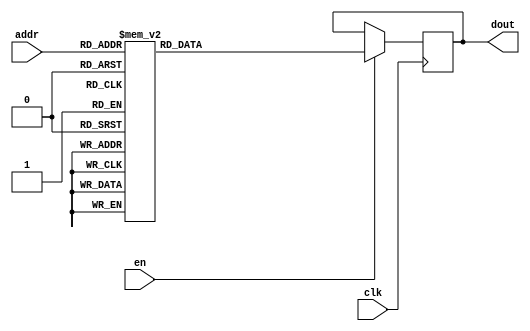
`timescale 1ns / 1ps
/*
Copyright
All right reserved.
Module Name: rom_syn
Author  : Zichuan Liu, Yixing Li and Wenye Liu.
Description:
A synthesized ROM: ROM_DEP x ROM_WID
*/
module EC_1_W_ROM_F_11(
// inputs
clk,
en,
addr,
// outputs
dout
);
localparam ROM_WID = 1152;
localparam ROM_DEP = 32;
localparam ROM_ADDR = 5;
// input definition
input clk;
input en;
input [ROM_ADDR-1:0] addr;
// output definition
output [ROM_WID-1:0] dout;
reg [ROM_WID-1:0] data;
always @(posedge clk)
begin
if (en) begin
case(addr)
		5'd0: data <= 1152'b101101011011011100011010000001001000110000000001000010111001000110100001000101010100100011001110010010010011010111010011100101011010101111111011010100011001100101010001100101000110010100110111100010111010111100011011001101011100111000110101100011110110011111010000100001001101110110101100011100101110100100011110111100001111101010111101100010111100000000101100011001101110001100100110000110001011101101010001110000110010111100000000111000100100110110101001101100000100011110011011100010100001010110010010011110111101011101001100110011010101111001000100111001010000110111110001111111010011110101101010100001100001100000100110111000111110111001111110110001100100011110111110101111101110000101000110110111111100010000100101110010000101100001101100101011100011011111111100110001110001100111000101001000110111011111100111010110011100101001111000011100000010111000000100111010010011010011101001010101100101110000001000110111000110001111001101011010001100111011001111111100110001001000101101010100101101110111111101010101010101110101111000101101111010001011000110111001100000010000000111010011111100110010010000110101011110001110100100101000100101111001100101;
		5'd1: data <= 1152'b001001011111111001000101110111001001011110111110110100010110100111000101111110111101110110111110011111011110001101101100011111111001110001000100010010011001111011110010101001110110110100010110011001011110011101001010101101110011010111100011101001110110001011110000110000100011010011111001110110101100100100011010000011101100100101100001100100101111000011100110101011100010011100111000111010011101101011010110111100111111101011111100100100100010110011001110011110111011010101000101011111111000111110111101111100001101110000001000110110011001001110110110001100101100000101101000101010110010110101001000000000000010111100000010101001001111101001100110110100000101110110101001111110100111100010000101000000101100001110111101100000101111100001101110000011101110010111111010111001110101101010100110110110011111110111110000010111111100110011000110111110011111110001100101101111110100101011101101101000001100100000000000110010111000101110011100011000100101100111000111111010100011111101001011000100111110101110001110001011111110100001101000000100101100111111001011100000100100101100011100010101001110101000110111010010001100000010100111000011001010101000001000;
		5'd2: data <= 1152'b000001011111101000101101011010010010111110000100010111100100111101100011010000000111010000001011000111100010011010010101010100111000001110110010001011100111010111101110110100001101011001110001000000101100100000110101110101101000000001110100011000111010110101001100001010001100010110100011001111101100101111101100000011010001101111111000011001010000100111011011110100001011101101011101010001110110010010101000000011000110111011000001010110101101001011001001010000010100110010011011100111000111101001000010000110111010010100110111011100100100010010000010100011001001111100101101000011011110111110010111101101110100010010000010010011011010001011010000101110100101001111000011000100111010111010101101000001100001101010110101100010101110010001110010100001101011100000100010000001011111011100100010010011001101011010000001000101101000111011001001110110010101010001011111000011001010101001000001001111001011011100111111110100011101011011110011100111001100010110101110110111101011011110011010011111000110001010100110001110001010001011011010100000001101110110100011011110000110101110100001100100001111101000110101100010101110010001100111000101101011101100100010;
		5'd3: data <= 1152'b100110000101000010011011111000110100110101100000101001100110101000111011101101110100100000010101000001111011101010001100101000010100011100111101111010000001110000000000101000111110101110110010011110101101010010001110110000100000010100111010100110000000111101000111101001111011011100111100111010010100000101001010101100001000100000000101110110001101001111010100110101110000111010001101011001000000101111010001100010110000001110101110101100011010010000011010111001100001111010111100000101110111111010011000101000110111010110110100101101001001110000111000010000110101111011110010011110011100110111001000110010001001000011010000100000111001100100010101001011010111111111011010011100001001000000001010101011001001100010001101000100011111100111011100100101100000011111111011000110000000000111010101100000010101100011100110101110011100011100010111111001101100101011001100010100111101111010010000010011110101010110011001000011101011111001001000000100010101101010011010011101010010010100001000010000011000000010011000000010110100100100100000110111101010000111010000101011010011111000000001001011001000001100111000000101010011011101001001100101011010111100100011;
		5'd4: data <= 1152'b111101100011101010001000110000111001001110100110110001000001100001001010101011011101010010100011001000111100001111110010001110101111010000101100111101011010001111110010100111101011000100110010111010010010011101001011100100010010001101101011001000011010101100010001101101111001011111100011100000111101101011000010111010101000111111001011110111011101100110100011100000111101100111110001110100011001100100111100111000011101101111100101100000100110100011001010101000010001010101100111001011100100001011110001101100001101010010000100001001111010000011111010111110011000101001111000111000010011110101000010101011001111111000000010100100111111100001110000001110110111101111000011111100111111110010100101000001101000111111101011100100001111001011111101100001111001101111110011110100010000000110110000110000111111111011001000100000100010010011001111001100010001010001000101111011000100011011110001011000001001000100011010001101101011001111011111110000011000111010100100111010100010111111011001110010001111011011001110001110010110000011101000101010111001111111010111111111101100111110001111011101101100111010111111100111011100010010110111010001101111100011100000;
		5'd5: data <= 1152'b111010111101011110111111101101100010100001011100100000010111011100111100000111101011111000101000100110110001110100010001110000000110101011000000100111011011000101001110100100111111110111110111101101111100110011110100010010010110100010011111101011011100100000101011010110101111111011011000001011111001001001010111100111110000011010001010001101100101100001111010101111010110111011010000101000001100100001011011000100011101101111001001100100001000101010010111111000001010111101111101111111100000101000001101001100101100010100111011011110000000001101100101110111101001010100001010100101101110001000100111001110010111111011000110010111101111001011100101011111011010000000001111101000011100110011000001011000110011010001001010001011101010011000111100001000110101100001101101101100110101000110101100011111101000010000110100110101111111001001111100010110100111010011001001111011011011000111100111111001100000001100001100101011011011111010100100101000010111101011110011011101000101111001101101100001101001110110101101011101111100011101111110011001111001010110110100110010001011000101001110100101111110110110001111011010001101101110011101000110011000010111101111;
		5'd6: data <= 1152'b001011100001010111000011110111101010011000010011101110001011010100101110101011100010011010010010110010010110111100101110111011110000100101100100110000110000010001100100000100100001001000011011001111011001011111001101000100110100100001101001011100010111100100101101011110111011011001101110011011011101011011100111111100111011110111011011110011011101111011010011001001111101111011101001100111001001001001010001100010011111000110001110101100010010111010001011101111111011101011111100011110101010001110111011111110101101000010011010001101001111100111111001111011001001010100001100100011100011100100010011111101010010111001000110101110111011101111010101101110010010100001010111110100011111110010010001110010100000110000011010001101011110111100001001000000111101101110110001110100100000110011110101101100101101101001101001111110011000010000110101001111011110101110100001011100111000001010110100111000101001000010000110010110111010001111111010001010111011001010110100101010100011000101001010101010000010111111101011001100010111001001001001101000110010010101010011111101110011011110000100111011101000111010000001001101111000010010010101110011011011000011100001;
		5'd7: data <= 1152'b010111000100101110000111011000111000100000100010000000100000001101110010100101100000100100001101110100010001010110011100100001010101100111101011101001000010100011100110001101101110000010110101010100000100000011011111000001010101011001111101110001010000110111100010111001011110011100111100011111100100001101111110011101011011110001011101110011000000011110011000011001010010111101000101010010100101000101000000111001110100001000100000011110010011101101110001010000100100011000001011100110010011000100110101000101110100011111000001001111000011111010000110011000010101110011110111011111010101100011001110101010011111000000111100011101011111110100100111111101000010001001111100100011111011010000010111011010111100110101101000100101001111011111110100101011110110011111111111100010000000100011001000000000010000101001101111101111010101100101110011111100001001111100111010000011001101000100111001000101001001011111011100000101000001110001000000001110000011010101111011111001000101000011000100101110001011111010011000111000010011100001110001111100111111001100011101110010011101110001010011001011111100011011001010000101010011010001111100110011111010110111000111;
		5'd8: data <= 1152'b110101100100000001011001100011100101001111110011001001100111101001111011011100110100101111111001001110111101100100110110010100101101101001010010010010011001111000010111101001100010000101100010010110000011101111010001100011010011010111111010111001000101001010001011110011100011111001110110001101101010011011100001011011101100111111010011110100011101100111110101001111000111101011011010110111101101010001111100101110100011001111001110001000111011011001111000001100111000001110100000011001110011110000101100001110101101101101011010001111101111111001011011101110100010001011101100010111010010111100010101100101110011001101111000111001100110000011001010010100100000101011010011011111111111001101101001101011110101111110110111010011111100001011110101010110011111111011000110110111110100000011111111101010110011101011001011001001101011001001111000001101111000100111101100101000110001111000110010001010001000101001001000111100011011101101011110100010110010100101100010111110111111101010000111101101010011011111011010001101100111000010001110010111101000101000011111000111111000111001101001001111100111111011111010110011101000111011110101111111011110111001001100;
		5'd9: data <= 1152'b111110000011001011000011101100111010110011011010111011011110010010000011001101110101000110110100111101100000101011011000001100101001100010011010010110111100001100001001011000101010111010101100100111101010011111000000010011110000100101000111101100000110011111011100000011001101100110000010110100001010111101101001101000001101100010110111100010110000010101100011110000101011000000101010010111000010011101010100001000110000000001001111111010011010111010011110000111011011000100110000110100111100001000011010111100111011100010110011000100111101000000011001011110101010001011101010101110111010111111111001100001001001100111100110100000101111000011011100010010001111010110000110010100010111011000101001111100001111110010110111001010111000110000100101010100101010010010100010011100010011100100110100010000110100000101101110100000010001000010101010010100011011010011100001000101110000011011001000001100011101011111101001101101001010000100111100010001111001101111011010101011110001100101111001010010011010111100000110000000010010100110000100110101001010111010110110011110100000001101011110111110101011010110000001011010010101001110111100011000100110000100111101;
		5'd10: data <= 1152'b000101111101100100000010001100110100011010010010110111001111101101110111010100001100010100010011100110000111100101000011010111010000010110100001001010100100110000100110111100010001010000111011110100000100000011011111111100100001100000110001010011110101110100000001111100011110110001001100000000111001000110010100000011110110100010001010100111000111001110011110000100011110000101111101100001111100111110101101001011000000011010000011010110011111001101011001011110001100111100111111000010000111100101110101010011110000001111111100001100101000110000111111010001010001111000111111111010010011100010001100111110111101100001111001011011010101010100000001111101011010101111001100101110111101110101010110001000010100111110101001100100000011011101100100011101010110110101100111100000101101001001000011110111000001101010011001011100000010110101011011101101010100001011111001010110001111110101101111001011101001010111010100011100111000110001011011101011000001011000101100110010011010110110000010111011011101101001011100010010110111011011110101001001110101100001110010010100011011110110100101001000010100101001011111100100111000011001100110010001101101101111100100;
		5'd11: data <= 1152'b000001111110000011100001001010001000010010001100001000011110000001100101111100000100011000111011000100001011000001110011000111100000011011011000111000011001110000100110100010110011010001110000011101111110001010000111101101100000000000001010011000001001111000000110011011001100100110101100000111111001101101110000111110000111110111111010101001101010111100100001000110000110111011111010100110001001111100010111010001001010001111100100000001010111100011100100001001010000000011100000011101101010011010000011111111000001011011111001011101010000110011000111111011000001010100101000010101110000101011000001101110010101011010100010010010000011100110011100111110010001000000000101110100011101110011110100001010000001110000111011100000000111100101010110001000110000110011111100010101010000001100000110011000111000000111110001101011101111111001100000100111100101111011000100100111001011011010010001100001000001000100100111001011100111001110101000110110011100111011100110111011100100111001011100110011011000011100001010000000101100110111011001101110111011011011110011110110001101000011001100111001001100011000001111110111010111110011110111000000001001100101101001;
		5'd12: data <= 1152'b110101100100000010010101101100010001101101101111111010000111110001011010111100011100100001101000101110111101000011101100000100001100110011100000111010111100001100111111111000111110110011011000001010111011101100001000010100111010110111110100111000001001110011011000000000110000010011000001011100011100111111101001100001111100101000010111000110110010100011101011100110000001100001000110110010100000010010000101101000110111001000001011101010110011001001111101101110011110101001110000011010111111100000110010010110101110100000010111100001011111001101111101000000101110111011001001010101110111011100011100010100111010110101111000110110000101110011001010000111001010110111110110000101010000011011101001011010010111001000110111001110001000101100110011001110011111000000010100100011101100100000010101101001100111101010001110001010111011010001111001001100011000101101110011001100111011010000101110010110001011101010010110011001011111110100111011000100111110110011101000010110110010010111110011000110110111110111111000001011001101110011101111010011001100000000110100010011110011001001100101101110101111100010110001000001100000101011110101111110101010001001001100;
		5'd13: data <= 1152'b100011000000110011000000100011000011010110000111111110010101001101101000000001111000101110101010010011011111010001101111010011101101111011000100110110011110100000010010111101110110110101010001111110011011001111001011001100010011011010111000001001100001111010001110010101100101110011011100000100111001101000100101011001011110111001111011100010110101101111011101111111000010010001010110110011001001101100011010011000010000110111111110100011010010111101000011000100011101001110111011011111111100100110011001111110001101111010001000110111011010110101000110011100110000011100110011111010000011010111001011010011000001111010001000001001111100000011011110110010001101101111111000011110101110001101111111001101000110000010111101011010110100110101111110101110001010011110100110110101001011100110001010011000011110000111101100100101110100101011001010010000010001010111001010001011101100011110001001001100001101000010000010001101001110000111111000101010010101001000001101110000111001110100010001100011000111111001001010101001110011100011011110100110001101011011010001010100011010111001100100011010001110001010111111100000111111010100101101110010101010110111100010;
		5'd14: data <= 1152'b000110000010101110001110101001110101110101110010101001101010101100111011100011100000000111001110100010010111010010011010000111011111110000110001110100011101001001100101001001101110110110110011001111101000111000101010101111010111001110110001001110001100011111011010000101110000111111100110001110010010101110101000100111110001111100010001011010000011000000100001111111010101101001011100010001110110101110100000000011010010110001010110010010100110100000111010000010000100000100001011101010010110000001000111000001010010111101001100110000111111111000011100000001010111101111110010001110001010001011001100000111110101000101111000001101100000011110001010100001100101011111001010001110000011001100101010100101011010110110110100000011100111000011000011010111010011100001000110001100111111101100110110011010001110100101011000000101100110100110000010010100101001010111001111100011100000011011000111011101010111110001111101111001001110100100000101011111100111000111001000000100010110101010110100101001110010000110010010111001001101100001101100010101000110010100111000010000000110111110100001111110101011110101111000011010100000001110100010000110101111011011011110;
		5'd15: data <= 1152'b001011110110010000101100001011101110011000101001011000000100000111010001000001100111111011011111100000010011101001100110101011110110111001001110110010011010111000000100100001110110101001010101100100001110110010101110000111101001100111111011011001001100010100001011010001001100011000101100011011000000001101011010111100011110000111100100111010110001001110000101001011110100010100001101000010100110011011010011100111110111100000001101001010100001010011110000101001011111101111110001110011010110111000100100001001110010010001011101101111010101010101100100001010010001001100001101110000011101011010111010101110001100111000100011100011010011101000011100110011000110000000110001010000010111110110010000111111101010000101001000011001101011000100101110010000110100010111111011010011101101001000011111110100010001000001101010101011000001111010000011001101111111001011111000010101110100011010011100001110100100100000110011010110000101000111100001011011110010000100000110110011101000111110111010101110000100011111000010100010110011001011001000101110110000111001000001110011000111100110101100100011001000001001001110100100000110000011001110010011101001100001110001;
		5'd16: data <= 1152'b010110000010001101010110011100010010100101011010101010101010010101100011100111100111010001000001110111111110010110011000101100100111000110011011001100100101010110101101011110001000001100000111110001101100010100110101010001001001111010001111110111011101000010000011111111000010001101001100111001011000010001010110011010011110000111110010110011010000111110001110110000111100000111110000000010000100001110010101011010011000110001111011100010011100111111000001010100101101111111011011000101011000111010001110101010100100100100101011101010100110111111000100101101001100110111100010110010110101111001011111111010001101010111101110110001110010011100000011101011110010011000101001110011000100000000010110010001101100100001010000100101011110111110001100101011100100011100100001100011000010100111000000010100010010000001011010111010000101001011111110110110001101111000110011100011111000100011001000110011100111010100010111101011000001001100000001001011011101100101101010111011000101000010000101100000111001011010000011110010010110111010000011111101110010001001101100111010011000000100010010001011101100100100010101100101000101101111011100101011100100111100110100;
		5'd17: data <= 1152'b000010000010001100100011010000110000110111001011111010011100111100000010110000100101010000110011101100000111110000111010100111011100100010011010100011001100001101011001111011001010010100001001100001111011011111010000110001110011010100110001110110100000011011011110110011000001100010101100111100101010010100010101000000001110100100110101000010001100010101110100100000001010010100001000000001010011011101101111011001100000011111000011111011101100011101000000010110100100110001110010100100010101110101010010010111010110000000111011111010111101011100000001101001101010000101001111010101111011001000010110101101111110000111110001110110101101011011010011110111001011110110101100101110101010000100010000100000001100100000100101110110100000010101110101101001001010001000100010000101011010011101000110010000010100111111001011111010101011110011100010010100001100110010000010110101100101100001010011000111011101001100001001110110001000011101010011101011000010000100000110001100011110011100010010000111010001001001100010001001100010100011011010100000100001111111101111000110001010100100010010110101101110101000100101100110110100000010110011100010101010000000100000;
		5'd18: data <= 1152'b010010101110011101001100000010000110011111101010011101110111101011001011010000001000100101001000001001011000101000000100110100000101111011111100010000011110110001110011101011100110010100001000111010011011011110000011101111010111010111110010011001011111111011111110110001000100010110111100001101101011111001110001111100111111010100111111010110101110100000111111101101001110010111011110000011001101011100011100010011000110001110101110100101100100010101001100100010111001100011000111110001101001000111001110110011010110101001101011110111110110100110111010110110100010101001110001011000101010110111011010100011101010011111000000000010001100000010111110111010001101111110111001110111101011101100111110111100010110111110111111110010111101100011110011101111010111010111101110001010001001101110001010010111010000011110000110011000011010111101000010010100001001110000100001110110010101000110001000000101010010100001111011010011010101100100101110110100110111110011101001001101010110110110000001100101101001000101110101000000100101011010111100111101111100110101111100001010001011101011110101010111110011111111111111110000011011010101000110101100010000111011001111;
		5'd19: data <= 1152'b101111110101011001101111101110000011101101101100000100110000110101100101101111111100001101110000011111001001110100100100100111000100111011011110010011010110110001100111000011100111010100100001011100010111100110100010011000100111110110111101011011011101011000000110010101110100001100101100011001111001111001110101010011010100000101111110001001111001001101101001101110000110010011011110101010100101000111000001110111010000111111011011001100100010110101010110110001100010010111000011101100101011100111001101000101100100011011000010000100010100110001000011001010101011100100111011011101101101001000001101110000101010101010011101111011111101011001101010000010000100100001101000001000101001101001110001101010110101111011110010010101011101000100110010110101011000100011001111000000110101110011011100000111000110101010100011001110101011001100110010110101100100010010110111110110001011110100100110010001110000011111101100110010110000110000000010100000000101011011110111001111010101000000001101000010011111001011111101011001011000011100010111010001001000111001101100011011101100000101111010111101010011000001010010010011001001101010101000101110010010011000000101;
		5'd20: data <= 1152'b011110000001001100011110010000011000101101110100110000011010111000001110100001001011010101010101100010101000001010001001001000011101000100111011001111100111001110110000011011011000000111000000100001100001110110110101011001001100001001000110100000000001000111111000101110110001011001000011100110010111111010000101100011001000111000011101001100011100010110010111110000101000100110100001111001100111011110000101001110000011111000000111011110101101011011101101010110101110100001010010101101010111110000000100100011001001001000001111111010001101110001111100000101001111100001010111010111110101001100111011000001111001010101111100010000101000011111001010011000111110111100111101010111100100101101111110110101111111111001010111011111011001100011111101001111010010010111000110100110100101010111011011110111000110101000000011010011000010101010110101100101010110001101010010010111011111100000001000110111110011001100111100010110111001010010110111000111100101100100011000111000011100001101101011001110111011110110110100011001101100011110010110010101011100000000010110110101000001001111101001011110011011010111011110111001010010001110100101011110101100010111101101;
		5'd21: data <= 1152'b011010111100011011000000011001101100101000000001010011101001010111000111000001011101100100000000010001010000010100111110000001100000000000011110010111011011010011011011011010011000101011011001111101010011110111000111010101001010100100101111011100111101010001011101001111011010100011111001101000000010110011000001011011111000000101000000110000100001010100111110100000011110011110011110100110010110000000100010110000111011010100100101001010010111100110000111100001100001100000110011000011110000100111100101101010111110001101000101001111100000001111111110010101010010101010010111010001111101100111111001111100001111111001001101000111010010100101001000100110100101111111010110000010100000101010100110011110011110011010111100000010011101110011111110101010010011110010110100000010001111101001010110111000100000110110100010000001010110101111100010010000001001010000010100011111111111010010101011000101101001010101010001101010000101001100110101010111001100000100001111000000011110001000000101011110110111101101010001011101101001111010011011111001001011111110100001111101100010100111001001000101110011010100111000110110100110100000110111010010010111100100001001;
		5'd22: data <= 1152'b000000111001101001101010110010001001010000000000010100111100000000000000010000000011000001001000100110001001100000110001110101001110011110001000001010000001110001010011010000001101001100001111110100100101001100110000001001110010100001111001101010010100011011011010100111000111111110010100001110000001100011111101101101110111111000010100001010110011101001100010010111010001100010011110101000111010111000110100110010000110101100000000000100101100110110000001011100010110010101101000101011001100110000100011010000001111001111011110101001001001111011010011000011000101011100100001000011000011110011101011011100010110001010111010011011010101011011011110010011101001011110001100110100100010100101111111100100010111110000110001011010110100010010101110011110010011010011001111101100111011100000111010110011001101010110001000000101010100110110000001011110100101010101011000101110000000100111000001100100001110001101001100101101000100110000010101011001000101000101001010101011001010111000111111000101000010010000010001100001010101001001110111011011001111110110011100100110100011010100011111010100111111110110101011011010100100100000100000001110000010110011001010;
		5'd23: data <= 1152'b010011111111101010101101101111101100111011110001010100101011011111110110010110001101010101001101100111100111100010010111001001111010001111000000011001100000111001001101110000000010101000000001010110001101101011010101110001111111011100110111011110000011011111110100100010001100110110001011000001111101010001010001001100000011101011100000110001110100000000000011010011110110000100101010001001111100010000100000101111001111010010011001000110011111011001101100011110000010111101000110000100000111110001010001110111100011000110111111010010100100110000010101001011101011010100000011110101001111100100010111011101110100000001110000110100000001111000110100101110001011101000010001010000010111110001111010110010010011111011101000000111001100110010010010010100010100001011111010101101111101010000111110101111001100000010001011001000101110111001100001000101101100110101110000101100000111110111010001110111111011000110011111111100000010110000000001100111101101000101000101000100001100010010011011001111100001001100011101111000010100011101010100000000001101011100100101100010101000100110111011100011010011000000011100000011100000100011011010100100011000000100001101;
		5'd24: data <= 1152'b000000111001101101101110011111111101010111011111011111011100101101010110010100100101110000000010111101011101110101011110010011011100111000100011100011101010101101001100110000110110100011100001011101010010000001001010000011111001011111011001010110011101110110101000000110110000111011110111000110010100111010100001101011110100011110010101001110000111000011110101101111100001101010001101001001110110011010101110011111000010111000010011011110101111000101110011011010000110110101011011101101100001100101110100110011111010101111100010000010101100111001011111110101100011011100001101010000111000111010110111100101111001000100111001000111100101111111111010011011001111010111010100000111001001111101101001101001100010101110111101001010110110110011100011101001001011110010111000000011010111101111001011010001010000010010010110011101010110101100011010110001111111011110111011010000010001000110001110110101111110100000111011010110010100111100110001010011100111000100101111010011001010001010010111001111010101000101010100101011101101011011010101100011001101010010101001001111101110100101001010101100101011110000110000011011010110110010110111100000111011110100101000;
		5'd25: data <= 1152'b111001110110100110100000111110011100101010110110101101100110100000010110010000100111010110001111100001011110001010000111101101010000101001100000010100111011001100011011000010101110100100110001001000001010111100001010001100000111001111010101001111100010101000110000100100110101011101110000011111010101101101011110111011111100011101111000001100010111001011010111100111010101101011011100011101111111110110101000010111011100010101110100000100100100100000000100110010101111010101000111001011000000001111000111111100011101111101001100110000011001101110000000101101111110010101110000001110011011011111101010100001110011001100001000001101001010101010100011100001110011111010110011100110100101100110001110101001011100111001001000001110101111000011110110000111010011101011110011001000111111101100110110011111001110110101010000000100100000111111000110111010000011010011001100110111000010111101101111111100110101110001011100100000011001011011000001011101001010001101101000001101011010001101000000010011110010100111110011111001011001100011101111000001010111001000010010001100011101111111101101100101010111111001001111111011111011100011110011110110111011110011001111;
		5'd26: data <= 1152'b001010000011101111001100111000010011110100001110111100011000110000011001110000101101011010110101010101011001001001011100111110001000100100111011100101011000011010100101101001111010101111010100110001100010011010001001101000000000000100000110100011000010000101110111101001000010111100100101111001010100001000101010110100101111000000100000110010001000011110010100011100111111000000001101101110011001100110000101010100110111000101111110100000010100000010011010011100000011110111100100011001111000011011010101101100001101011110001100101001000010010000110100011100010101001011011000011110010111100011100100110011110000100011011010110001011110110100101000001001110111001000010000111010010001100101011000000101011000100111001110001100101011101111000010001111000010010111001111110101101000000000101110101011001011111001100001000110101101000011100010100100000110101111000000100011000110101011110101011011010100000111010001011100110100100100101000000110011111101000001101000000111110000000110110111100101100101011001110000011010101001101010100001011001101101101000000010010000010100011010001111110010011010111100010010011110011010101010000101100010001010001011110;
		5'd27: data <= 1152'b010011100011100110000000010100010000111001000011110011100010100101010010110001100100110111110010110011010100111001001010001011100001100000010001110010011101001101011011001011101110000100101101000000111000011110010010101110110100000111010000100011000010111111100111100011001010010110111001001100000101101101111010101101100110110101100100011010100110110000100001011011100110001010000101011001111100001000010111101110001100111101111001100111100000010010000110010000001110010101000000110101011110111010111001101000011101100001101100110010011100000001010111101101101010110111110000010110101010011100111001001011010101001111010010101011000110001110010111111001000011111110111000001110100101000101011010110110100111010100101001111010010101100010010110001110000110011111011000000011101110001101010010000001010001010010010011001000000110110110000011011000001101010000010001101011101101010000110101001110001000011111011101110001001110001001010100001011100000100001011010011100010110101010001100010011010000110100110011100111110011111010110001100100110111011110010011111010010001110001000010001111001101011111011011001101101111000011000110110010110101111111111011;
		5'd28: data <= 1152'b000011000010010100000011011100010110110111001011111010000010100001000000110000101100011011100011101101011010001001011000000111001011110011010111000010110100000100111111101111101010010101101110001010010111100001000101100001100011000110010010110100100101101101011010101011111011010010011110011100001010011101101000111101101101100001000101010110011110011011000001110101011101001010000000011111000011101101011011000000010000100110111100101000100110111000001011101001100001001110010111011100110001100110010001100101101101100010001010110010011000001100010101011011111011100111010110001111110110100111011011101100000111001100011001100110100100000011010011110001001011110010111100011110001101001101011010101101101011110000011011000010111110111011110101001001100111010000100000110010001011101011010001100110110001011101100110111100110010111000110010101000110000110100000101000110110010000110000000011000011100010011000100001111101001011000111000011101110001101010010110001111010111000100001011011101001110000010100011011101101110100010100111110101000011011000101110011110100100000001010010100010001111100110111000011011011100000110110001100010000010011110111000;
		5'd29: data <= 1152'b110011011011101101111100011000110110010000001110110010011101100101000000010010000101011000000000000100111001010001011010110111100011000110010001100010000011101110000101011011011101001011001001000000111111100011010101100101111000110110100001110001011100110100101100100010111000000111111100111011101101000001110011111101011010001111011110100011010100010001010001110011110011111011100110001101111000110000101100101010000011111001000011000110001101000101110000000101011100101101000000000010101011110001000000110001010011000010001000000100111101010011011101101100001101001000001101000110111010010110010000101101110010000010110001111011011111101011101101100111100111101110000110101100111010110010011001000001001000101000110000101010111111010001100110100001101011100111111010101001011101011000110010010110001011001000001000000100011100110000000001100100011001001001110000011000000110110001000111100111111011000110011111111000011001110011010101101011101011000100000100000011000111101110010100001001110010000011110110011110010100011011011110100000001101011110101011000110000111101111101011110100001111010000111110010010101010000000110010110110000010000011001000;
		5'd30: data <= 1152'b001001111010010010100111011001010100111001000011011110101101001001110001010101001100110000011010100101010011100101000101000111010010100000111011010110111100001100011011001011101010010100101101000110111011011110010001011111010100101100011011100011000111001001001100001001111000110000111111011101101110011101111101110100111100000001000010110011001110100010111101010011110000011001001100001111001011111001011001010000010011101100000100111100100000111110001101101110011000001010110111110111100101000100001101111110111101101011001011111011000011111101010101011011010101100110100110110011100101100010011110111001000011111101010110100110101010010000010111011000010001101110110110111010101111001101111110010110011111000110101101110010010101101111011101000110000100010101011101110110000001101010101001010000110111010100001101100011000010010110001010011101001001110001001100101111101011010110101000010000001101011111010100101011100110110001011110110000010111101011111011111110010101000111000000010000101010110000111110111001110001110101101001010111110101101001000000000100011000110010100001000011111101101110110111100101110011111111001110011100011000111001100010;
		5'd31: data <= 1152'b001000011111001101100010010011001101110001000100010101100011110100001001110000000011010111111111110011000110110101010101000110111010000111011111101010000000110010110111000011000001010110100101111110101101000010010111101101100101100010111110001101011110011110000011010000010111111000000101101011011000100100011100100001001101100111000000100111110111110000111110110011110000011100100001101000000001001110000010110001101101010100010000000100010010111100001010101101010001000011111011111101100110110111011011001000111000010000001100101100111100011010011010101111011000111110110010111110101110001000101100011111100111011011001110101100011100101011010101001000010001010100100011111010000100000111101110111100101111101111000010011011110000000010010010100000111001100000001011101110000101110011101011100001101001000000101000110001010000000011101100001110110010001000111110011101111110111110110001100001101101111010111111000011100010001001010001011110111110110111010000001101000100011001101110100000110100011110010101001100000001111011011100000010110100111111100011010101110110011011100001011011101101011100000101011100011000001000000001110111000101101001011111;
		endcase
		end
	end
	assign dout = data;
endmodule